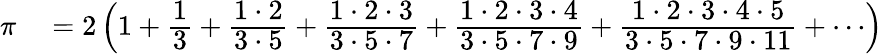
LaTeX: \begin{array}{rl}{\pi}&{{}=2\left(1+{\cfrac{1}{3}}+{\cfrac{1\cdot 2}{3\cdot 5}}+{\cfrac{1\cdot 2\cdot 3}{3\cdot 5\cdot 7}}+{\cfrac{1\cdot 2\cdot 3\cdot 4}{3\cdot 5\cdot 7\cdot 9}}+{\cfrac{1\cdot 2\cdot 3\cdot 4\cdot 5}{3\cdot 5\cdot 7\cdot 9\cdot 11}}+\cdots\right)}\end{array}